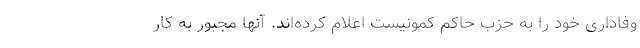
وفاداری خود را به حزب حاکم کمونیست اعلام کرده‌اند. آنها مجبور به کار